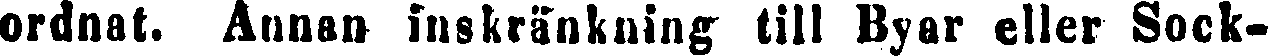
ordnat. Annan inskränkning till Byar eller Sock-